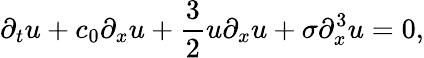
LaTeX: \partial_{t}u+c_{0}\partial_{x}u+\frac{3}{2}u\partial_{x}u+\sigma\partial_{x}^{3}u=0,